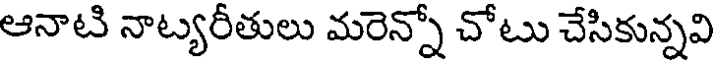
ఆనాటి నాట్యరీతులు మరెన్నో చోటు చేసికున్నవి